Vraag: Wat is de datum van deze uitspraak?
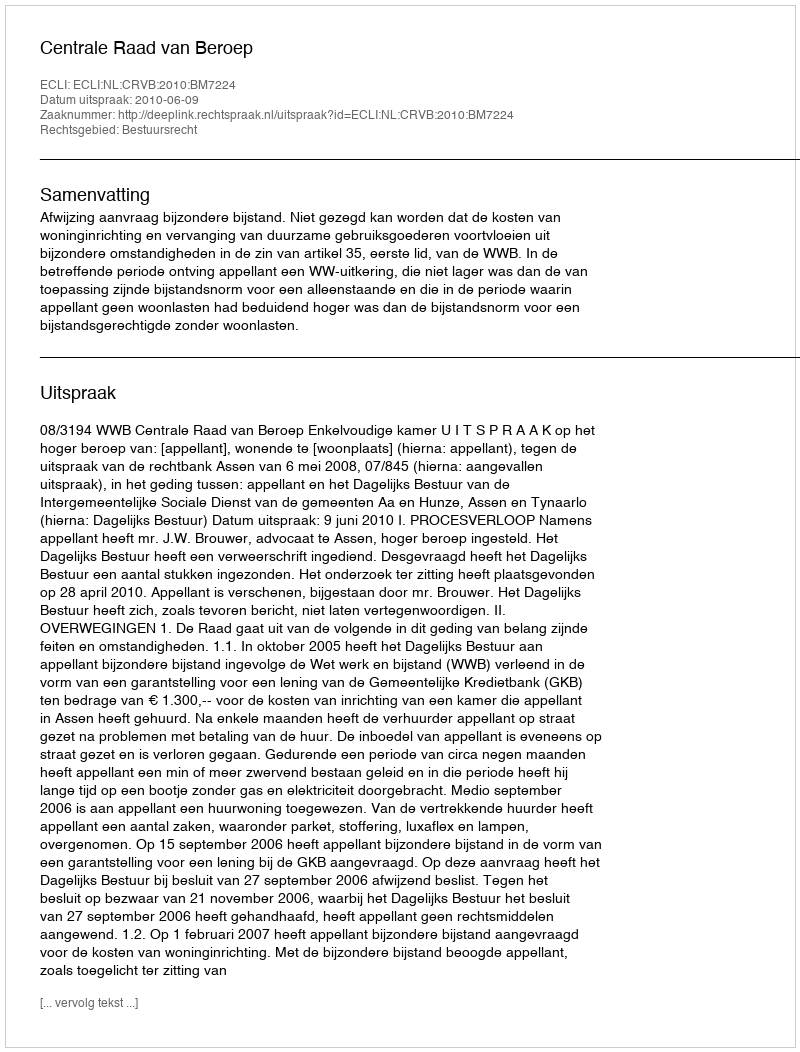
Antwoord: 2010-06-09